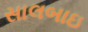
સાલબાઇ